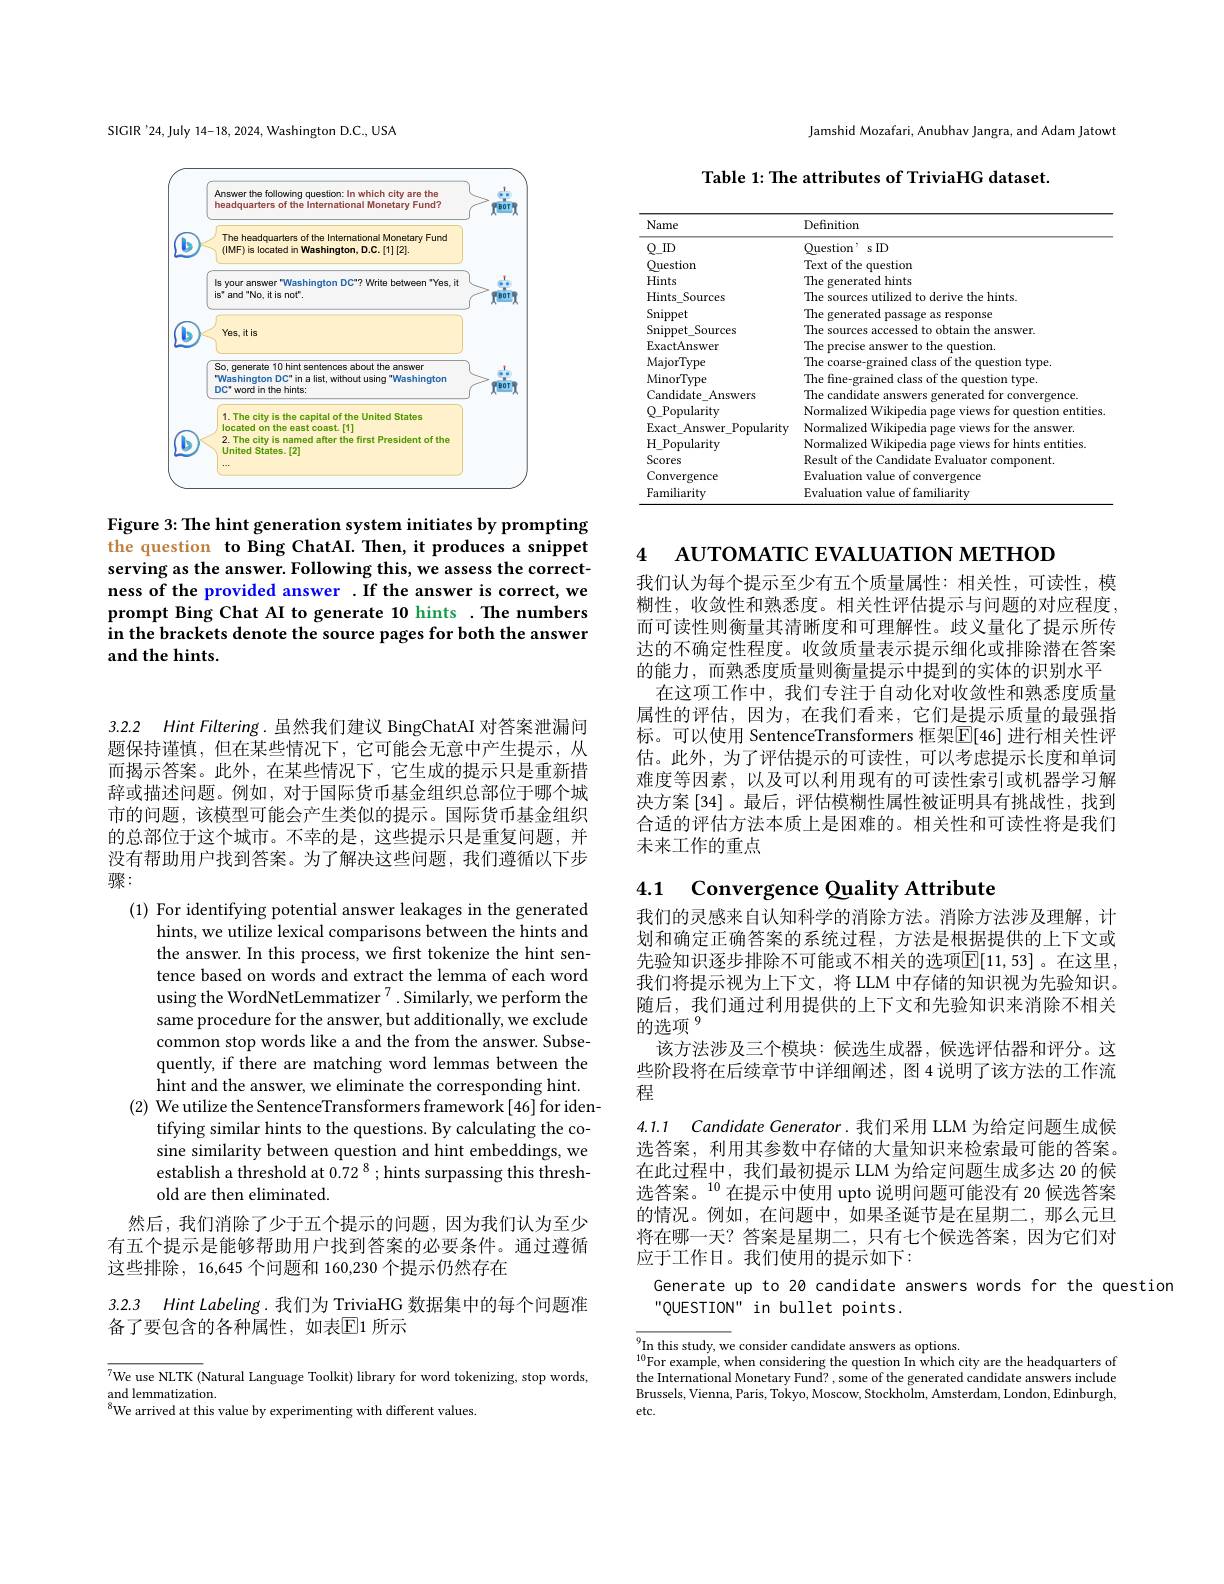
SIGIR'24,July 14-18, 2024, Washington D.C., USA

<FigureHere>

Figure 3: The hint generation system initiates by prompting the question to Bing ChatAI. Then, it produces a snippet serving as the answer. Following this, we assess the correctness of the provided answer .If the answer is correct, we prompt Bing Chat AI to generate 10 hints .The numbers in the brackets denote the source pages for both the answer and the hints.

3.2.2 Hint Filtering. 虽然我们建议 BingChatAI 对答案泄漏问

题保持谨慎，但在某些情况下，它可能会无意中产生提示，从而揭示答案。此外，在某些情况下，它生成的提示只是重新措辞或描述问题。例如，对于国际货币基金组织总部位于哪个城市的问题，该模型可能会产生类似的提示。国际货币基金组织的总部位于这个城市。不幸的是，这些提示只是重复问题，并没有帮助用户找到答案。为了解决这些问题，我们遵循以下步骤：

(1) For identifying potential answer leakages in the generated
hints, we utilize lexical comparisons between the hints and the answer. In this process, we first tokenize the hint sentence based on words and extract the lemma of each word using the WordNetLemmatizer $^7.$ Similarly, we perform the same procedure for the answer, but additionally, we exclude common stop words like a and the from the answer. Subsequently, if there are matching word lemmas between the hint and the answer, we eliminate the corresponding hint.
(2) We utilize the SentenceTransformers framework[46]for iden-
tifying similar hints to the questions. By calculating the cosine similarity between question and hint embeddings, we establish a threshold at 0.72 8 ; hints surpassing this threshold are then eliminated.

然后，我们消除了少于五个提示的问题，因为我们认为至少有五个提示是能够帮助用户找到答案的必要条件。通过遵循这些排除，16,645 个问题和 160,230 个提示仍然存在

## 3.2.3 Hint Labeling. 我们为 TriviaHG 数据集中的每个问题准备了要包含的各种属性，如表$\overline{\mathbb{E}}$1 所示

$\sqrt{7\text{We use NLTK }(\text{Natural Language Toolkit) library for word tokenizing, stop words,}}$
and lemmatization
$^{8}$We arrived at this value by experimenting with different values.

Jamshid Mozafari, Anubhav Jangra, and Adam Jatowt

Table 1: The attributes of TriviaHG dataset.

<table>
	<tbody>
		<tr>
			<th>Name</th>
			<th>Definition</th>
		</tr>
		<tr>
			<td>$Q\_ID$ </td>
			<td>$\mathrm{Ouestion}^{,\text{ s ID}}$</td>
		</tr>
		<tr>
			<td>Question</td>
			<td>question lext of the</td>
		</tr>
		<tr>
			<td>Hints</td>
			<td>$1he$ generated hints</td>
		</tr>
		<tr>
			<td>Hints Sources </td>
			<td>$11he$ the hints</td>
		</tr>
		<tr>
			<td>Snippet</td>
			<td>$11he$ sponse</td>
		</tr>
		<tr>
			<td>Snippet\_Sources</td>
			<td>The SOUT tn htaim answer</td>
		</tr>
		<tr>
			<td>ExactAnswer</td>
			<td>The guestion</td>
		</tr>
		<tr>
			<td>MajorType</td>
			<td>The lestiont</td>
		</tr>
		<tr>
			<td>MinorType</td>
			<td>Ihp</td>
		</tr>
		<tr>
			<td>Candidate_Answers</td>
			<td>candidate COMV hce</td>
		</tr>
		<tr>
			<td>Popularity</td>
			<td>Normalize entities</td>
		</tr>
		<tr>
			<td>Exact Answer Popularity 1</td>
			<td>Normal</td>
		</tr>
		<tr>
			<td>$H_{- }$Popularity</td>
			<td>Normalizen IWiki sentities tor hints</td>
		</tr>
		<tr>
			<td>Scores</td>
			<td>Result of the onent</td>
		</tr>
		<tr>
			<td>Convergence</td>
			<td>Evaluatic gence</td>
		</tr>
		<tr>
			<td>Familiarity</td>
			<td>Evaluation miliaritv</td>
		</tr>
	</tbody>
</table>

АUТОМАТIС ЕУАLUАТIОN МЕТНОD

4

我们认为每个提示至少有五个质量属性：相关性，可读性，模糊性，收敛性和熟悉度。相关性评估提示与问题的对应程度， 而可读性则衡量其清晰度和可理解性。歧义量化了提示所传达的不确定性程度。收敛质量表示提示细化或排除潜在答案的能力，而熟悉度质量则衡量提示中提到的实体的识别水平
在这项工作中，我们专注于自动化对收敛性和熟悉度质量属性的评估，因为，在我们看来，它们是提示质量的最强指标。可以使用 SentenceTransformers 框架$\boxed{\mathbb{E}}[46]$ 进行相关性评估。此外，为了评估提示的可读性，可以考虑提示长度和单词难度等因素，以及可以利用现有的可读性索引或机器学习解决方案 [34]。最后，评估模糊性属性被证明具有挑战性，找到合适的评估方法本质上是困难的。相关性和可读性将是我们未来工作的重点

## 4.1 Convergence Quality Attribute

我们的灵感来自认知科学的消除方法。消除方法涉及理解，计划和确定正确答案的系统过程，方法是根据提供的上下文或先验知识逐步排除不可能或不相关的选项$\mathbb{E}[11,53]$。在这里， 我们将提示视为上下文，将 LLM 中存储的知识视为先验知识。随后，我们通过利用提供的上下文和先验知识来消除不相关的选项$^{9}$
该方法涉及三个模块：候选生成器，候选评估器和评分。这些阶段将在后续章节中详细阐述，图 4 说明了该方法的工作流程
4.1.1 Candidate Generator.我们采用 LLM 为给定问题生成候选答案，利用其参数中存储的大量知识来检索最可能的答案。在此过程中，我们最初提示 LLM 为给定问题生成多达 20 的候选答案。$^{10}$在提示中使用 upto 说明问题可能没有 20 候选答案的情况。例如，在问题中，如果圣诞节是在星期二，那么元旦将在哪一天？答案是星期二，只有七个候选答案，因为它们对应于工作日。我们使用的提示如下：

Generate up to 20 candidate answers words for the question
"QUESTION" in bullet points.

$\overline{9}_{10\text{T}}^{9}$In this study, we consider candidate answers as options
$^{10}$For example, when considering the question In which city are the headquarters of the International Monetary Fund? , some of the generated candidate answers include Brussels, Vienna, Paris, Tokyo, Moscow, Stockholm, Amsterdam, London, Edinburgh, etc.